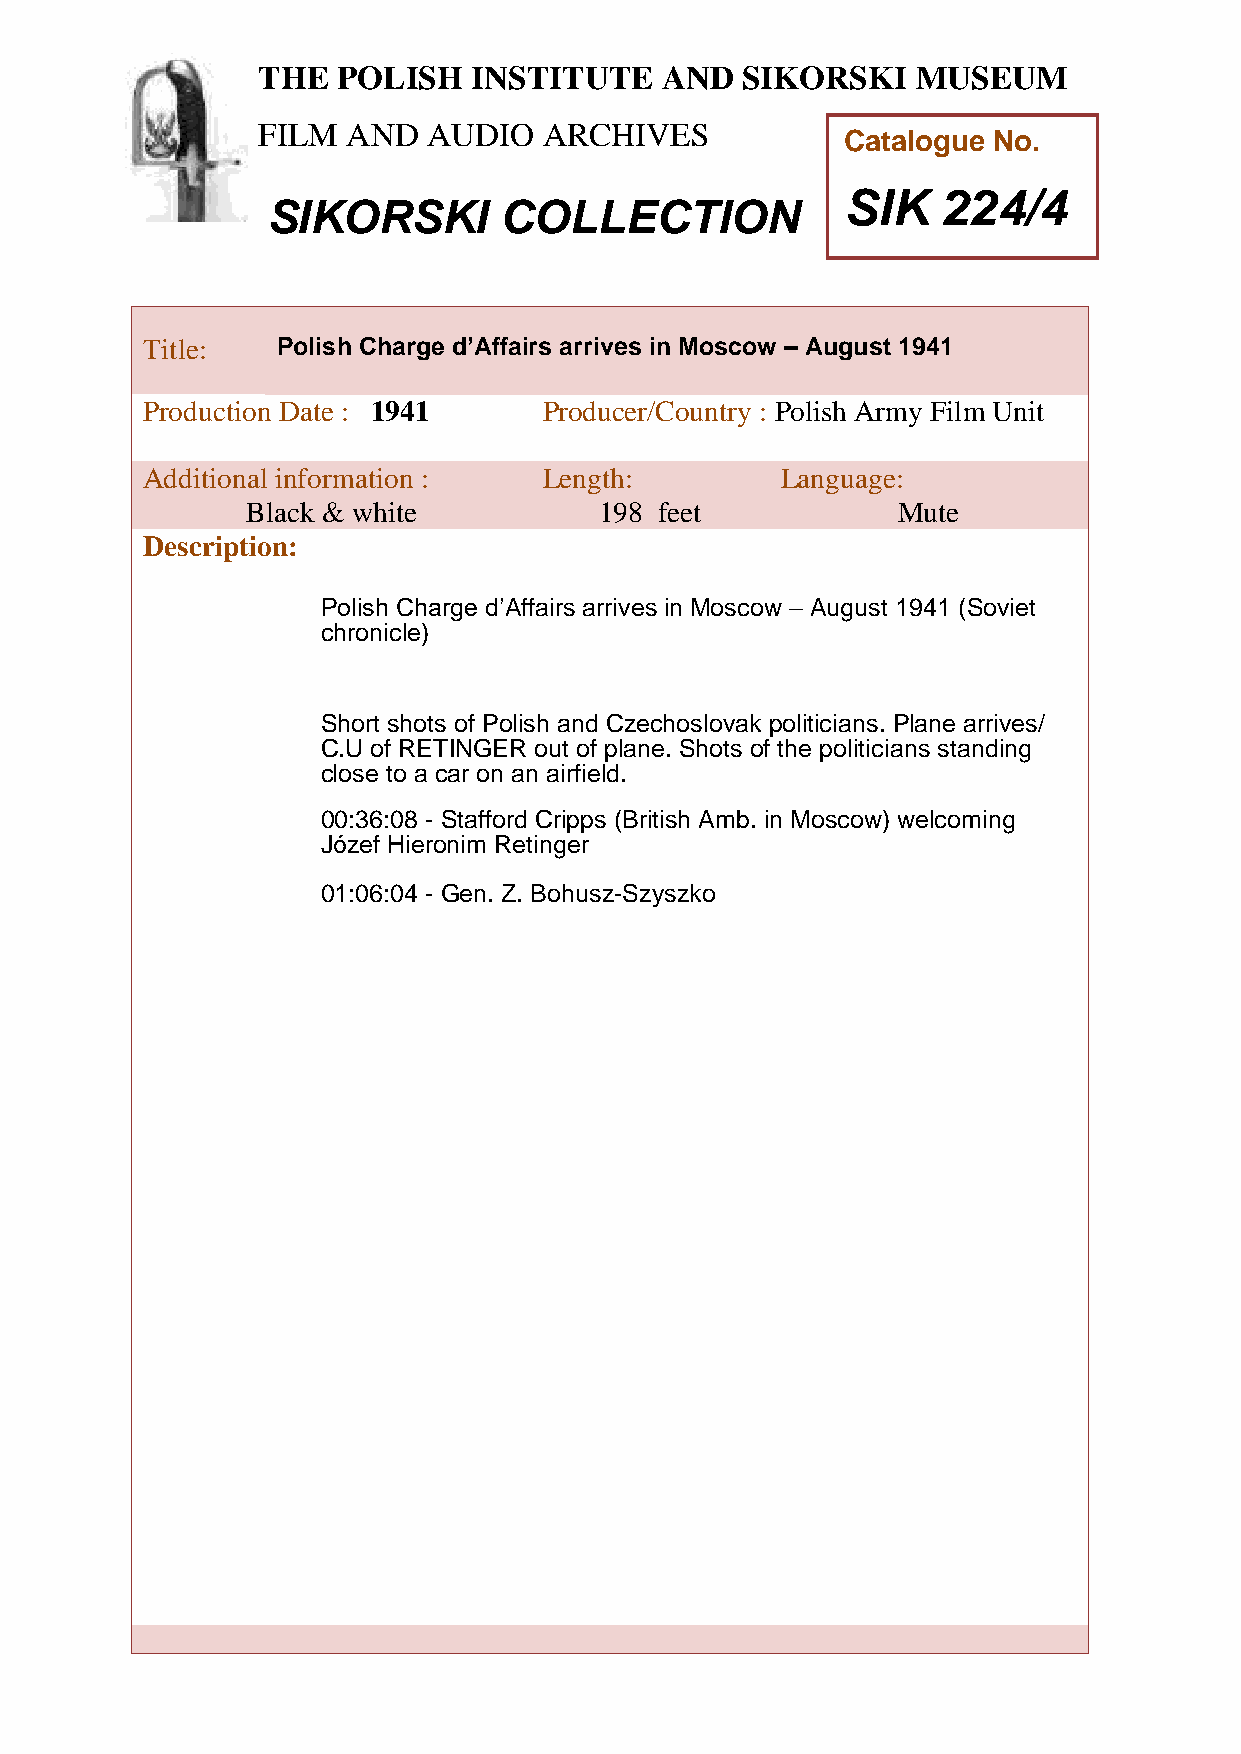
THE  POLISH   INSTITUTE    AND  SIKORSKI    MUSEUM
 FILM  AND  AUDIO   ARCHIVES
 Catalogue No.
 SIK   224/4
 SIKORSKI       COLLECTION
 TTitle:     Polish Charge d’Affairs arrives in Moscow – August 1941
 h
 Peroduction Date : 1941    Producer/Country : Polish Army Film Unit
 AddiPtional information :  Length:         Language:
 oBlack & white           198 feet           Mute
 l
 i
 Description:
 s
 h
 Polish Charge d’Affairs arrives in Moscow – August 1941 (Soviet
 chroInicle)
 n
 s
 t
 Short shotsi of Polish and Czechoslovak politicians. Plane arrives/
 C.U of RETItNGER out of plane. Shots of the politicians standing
 close to a caru on an airfield.
 t
 00:36:08 - Stafford Cripps (British Amb. in Moscow) welcoming
 e
 Józef Hieronim Retin ger
 a
 01:06:04 - Gen. Z. Bohusz-Szyszko
 n
 d
 S
 i
 k
 o
 r
 s
 k
 i
 M
 u
 s
 e
 u
 m